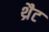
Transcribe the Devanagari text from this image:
थ्रैट